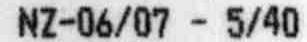
NZ-06/07 - 5/40